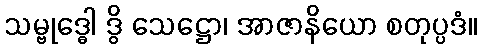
သမ္ဗုဒ္ဓေါ ဒွိ သေဋ္ဌော၊ အာဇာနိယော စတုပ္ပဒံ။